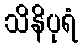
သိနိပုရံ